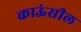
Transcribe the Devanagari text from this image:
काऊंसील